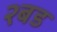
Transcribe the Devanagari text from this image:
२बड